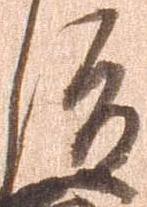
俊